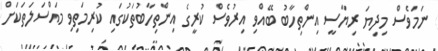
ނަމަވެސް މިދިޔަ ރިޔާސީ އިންތިހާބު ބޭއްވި އިރުވެސް ކުރީގެ އިންތިހާބުތަކުގައި ކުރިމަތިވި މައްސަލަތަކަށް